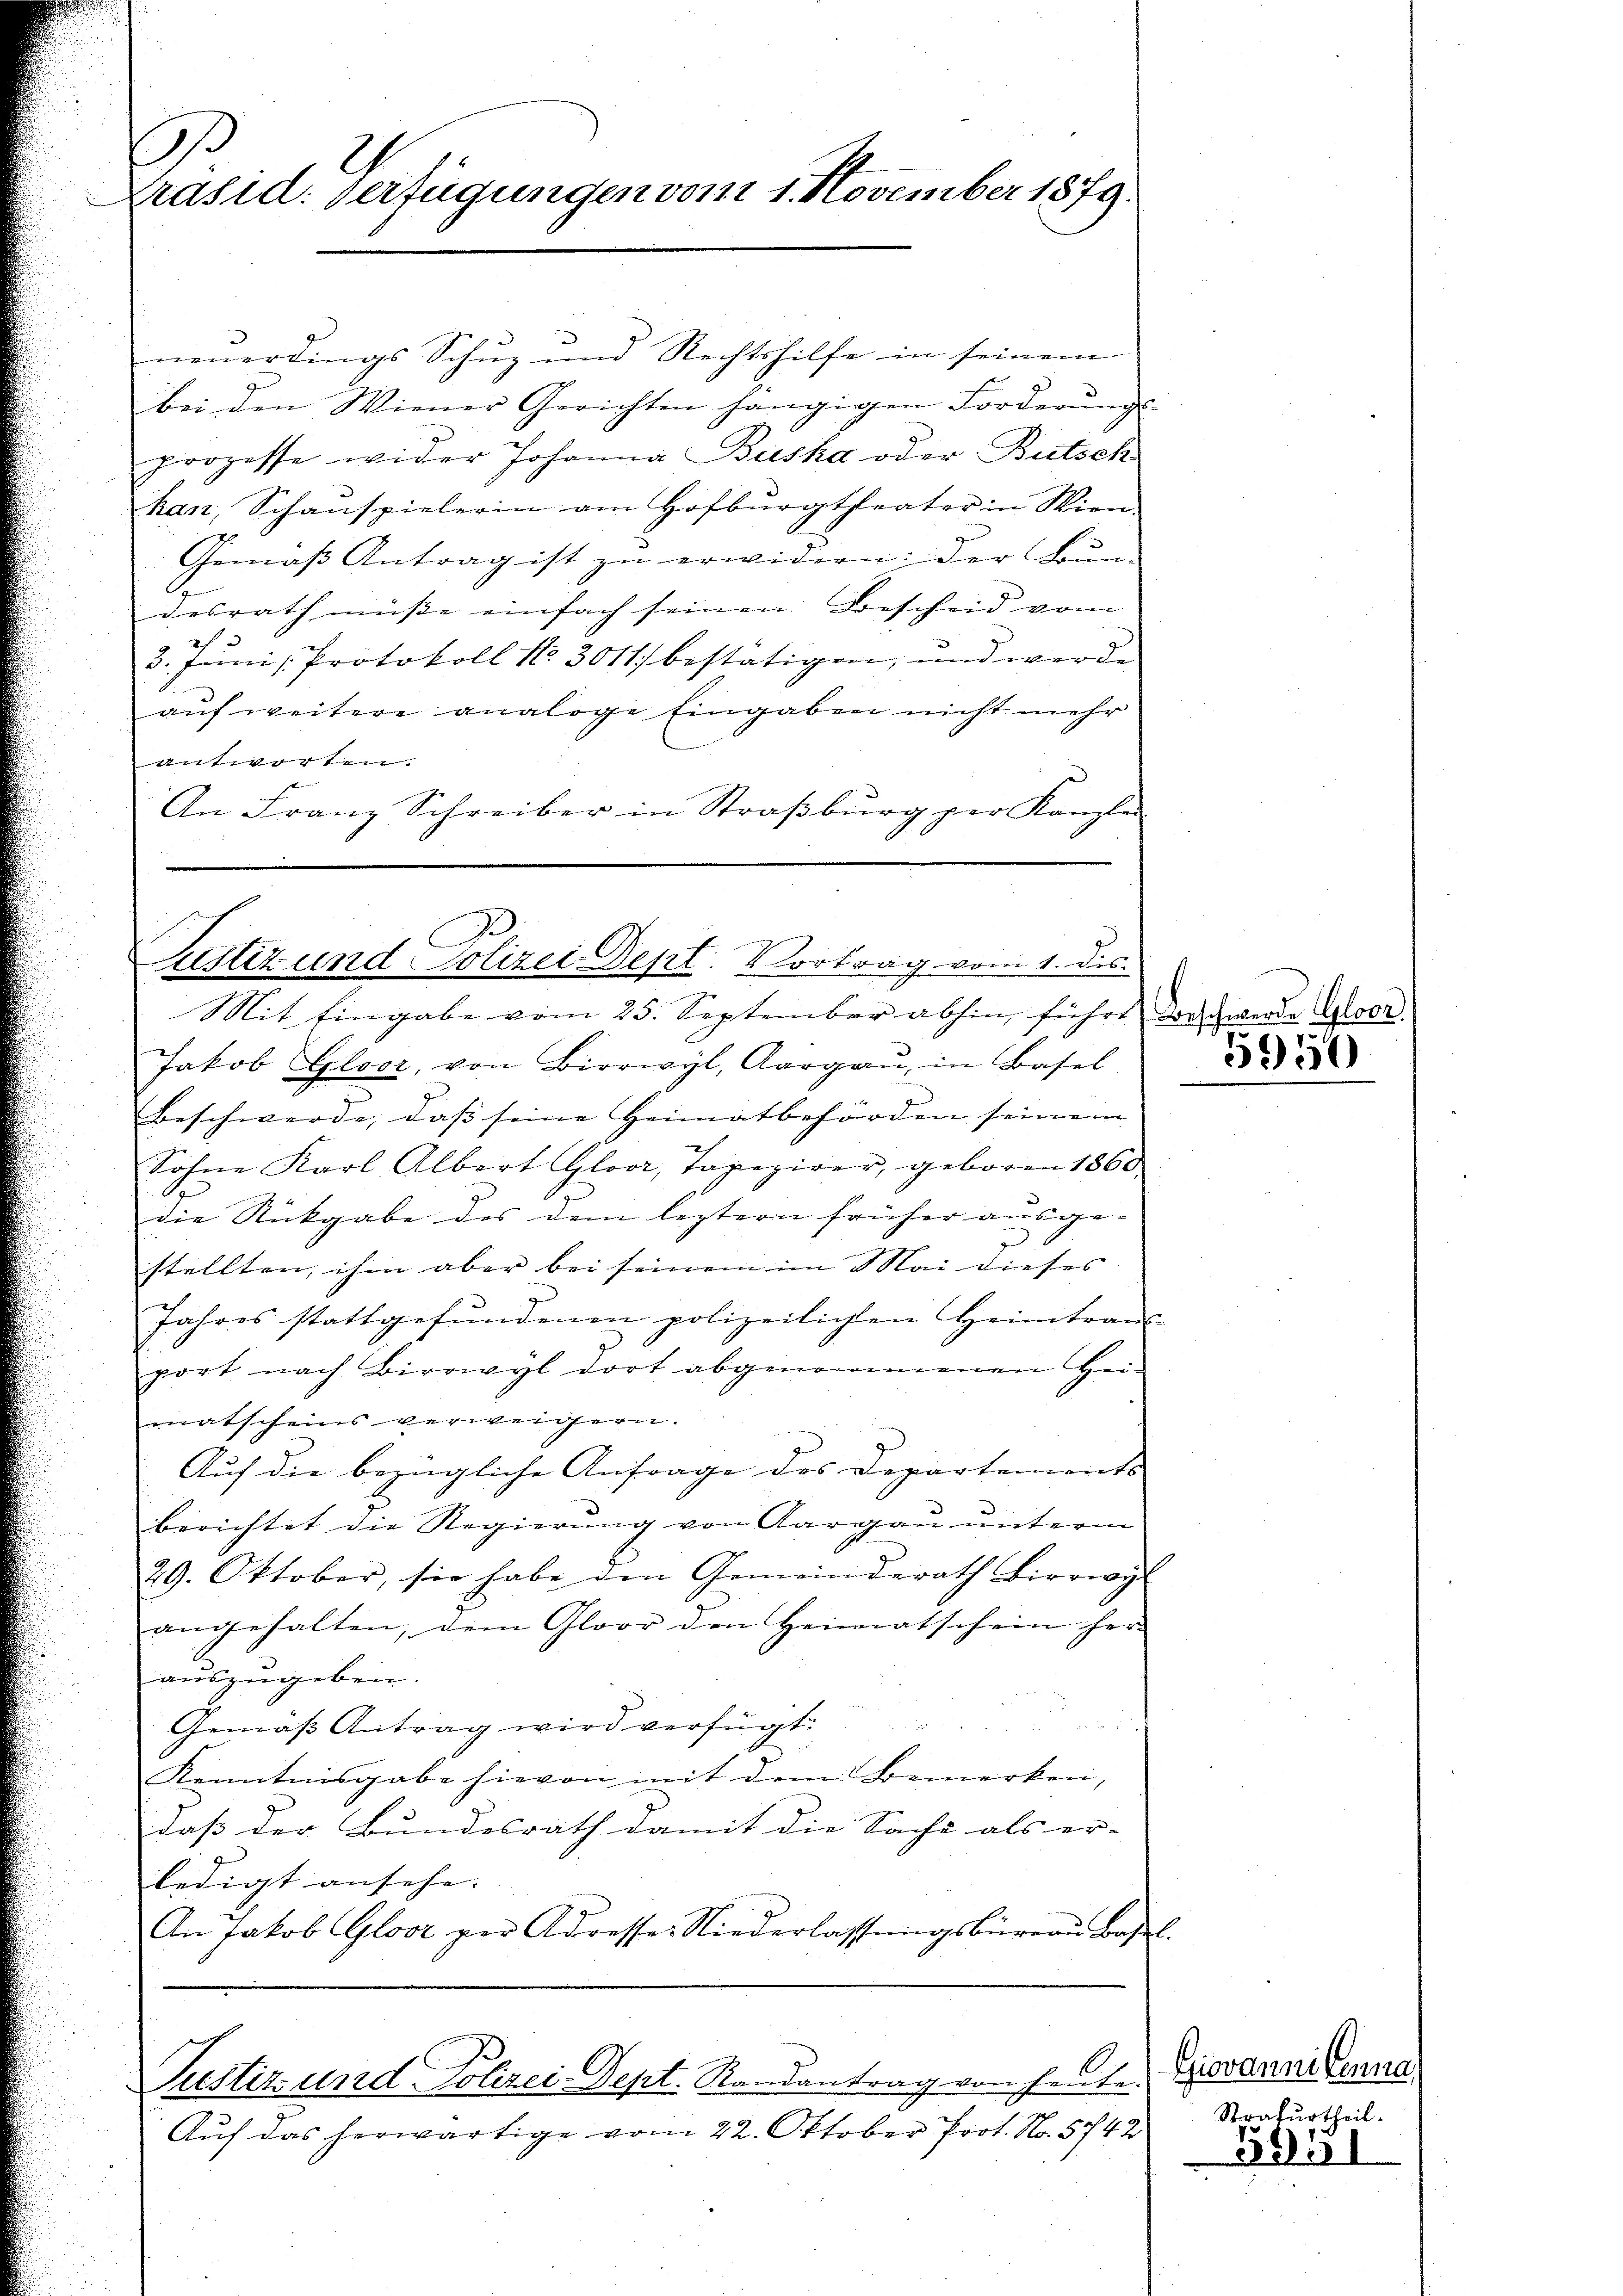
Präsid. Verfügungen vom 1. November 1879.

neuerdings Schuz und Rechtshilfe in seinem
bei den Wiener Gerichten hängigen Forderŭngs-
prozesse wider Johanna Buska oder Bütsch
kan, Schauspielerin am Hofbŭrgtheater in Wien
Gemäβ Antrag ist zŭ erwidern; der Bun-
desrath müsse einfach seinen Bescheid vom
3. Juni Protokoll No 3011) bestätigen, und werde
auf weitere analoge Eingaben nicht mehr
antworten.
An Franz Schreiber in Straβbŭrg per Kanzlei

Pustiz und Polizei-Dept. Vortrag vom 1. des
Mit Eingabe vom 25. September abhin, führt darschwerde Gloor

Jakob Gloor, von Bierwyl, Aargaŭ, in Basel
Beschwerde, dass seine Heimatbehörden seinem |
Sohne Karl Albert Gloor, Tapezirer, geboren 1860
.
die Rückgabe des dem leztern früher ausge- |
stellten, ihm aber bei seinem im Mai dieses
Jahres stattgefundenen polizeilichen Heimtran
port nach Birrwyl dort abgenommenen Hei-
matscheins verweigern.
Auf die bezügliche Anfrage des Departements-
berichtet die Regierung von Aargau unterm
29. Oktober, sie habe den Gemeinderath Birrwyl
angehalten, dem Gloor den Heimatschein her-
auszugeben.
 E
Gemäß Antrag wird verfügt:
Kenntnisgabe hievon mit dem Bemerken,
daß der Bundesrath damit die Sache als er-
ledigt ansehe. |
An Jakob Glosz per Adresses Niederlassŭngsbüreaŭ Basel.

C
Justiz und Polizei-Dept. Randantrag von heute.

Auf das herwärtige vom 22. Oktober Prot. No. 5742

5950

Giovanni Lenna
Strafurtheil.

59.